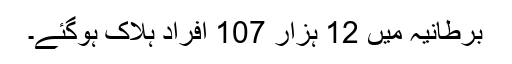
برطانیہ میں 12 ہزار 107 افراد ہلاک ہوگئے۔